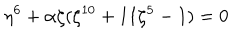
\eta ^ { 6 } + \alpha \zeta ( \zeta ^ { 1 0 } + 1 1 \zeta ^ { 5 } - 1 ) = 0